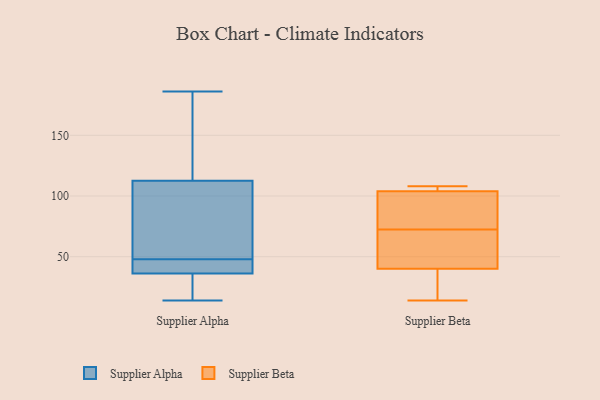
{"axis": {"x": "Website Visitors", "y": "Value"}, "legend": ["Supplier Alpha", "Supplier Beta"], "data": [{"x": "", "y": 29, "type": "Supplier Alpha"}, {"x": "", "y": 96, "type": "Supplier Alpha"}, {"x": "", "y": 46, "type": "Supplier Alpha"}, {"x": "", "y": 37, "type": "Supplier Alpha"}, {"x": "", "y": 130, "type": "Supplier Alpha"}, {"x": "", "y": 74, "type": "Supplier Alpha"}, {"x": "", "y": 23, "type": "Supplier Alpha"}, {"x": "", "y": 31, "type": "Supplier Alpha"}, {"x": "", "y": 186, "type": "Supplier Alpha"}, {"x": "", "y": 64, "type": "Supplier Alpha"}, {"x": "", "y": 118, "type": "Supplier Alpha"}, {"x": "", "y": 77, "type": "Supplier Alpha"}, {"x": "", "y": 48, "type": "Supplier Alpha"}, {"x": "", "y": 36, "type": "Supplier Alpha"}, {"x": "", "y": 47, "type": "Supplier Alpha"}, {"x": "", "y": 39, "type": "Supplier Alpha"}, {"x": "", "y": 185, "type": "Supplier Alpha"}, {"x": "", "y": 129, "type": "Supplier Alpha"}, {"x": "", "y": 14, "type": "Supplier Alpha"}, {"x": "", "y": 14, "type": "Supplier Beta"}, {"x": "", "y": 104, "type": "Supplier Beta"}, {"x": "", "y": 40, "type": "Supplier Beta"}, {"x": "", "y": 19, "type": "Supplier Beta"}, {"x": "", "y": 89, "type": "Supplier Beta"}, {"x": "", "y": 83, "type": "Supplier Beta"}, {"x": "", "y": 108, "type": "Supplier Beta"}, {"x": "", "y": 62, "type": "Supplier Beta"}, {"x": "", "y": 61, "type": "Supplier Beta"}, {"x": "", "y": 104, "type": "Supplier Beta"}]}